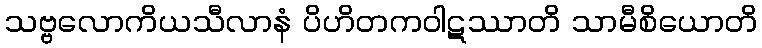
သဗ္ဗလောကိယသီလာနံ ပိဟိတကဝါဋဿာတိ သာမီစိယောတိ